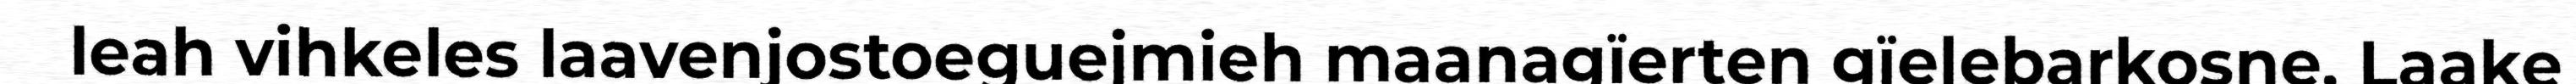
leah vihkeles laavenjostoeguejmieh maanagïerten gïelebarkosne. Laake